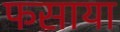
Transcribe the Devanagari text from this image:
फसाया